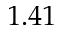
1 . 4 1